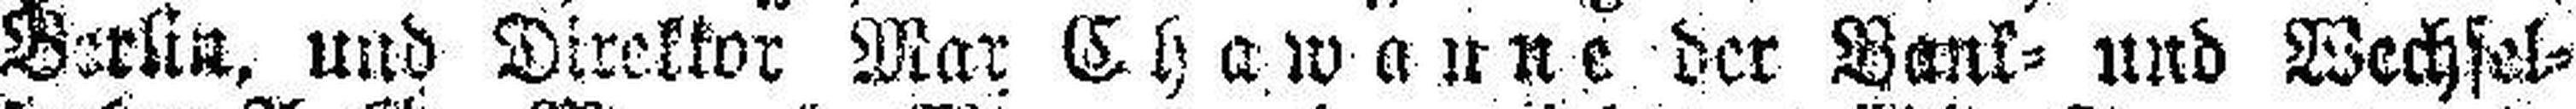
Berlin, und Direktor Mar Chawanne der Bank= und Wechsel¬